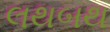
લથબથ